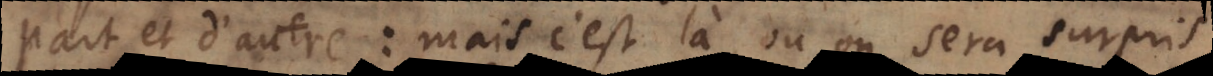
part et d’autre: mais c’est là, où on sera surpris